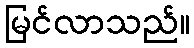
မြင်လာသည်။